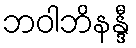
ဘဝါဘိနန္ဒီ